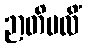
ဉာတိဗလိံ